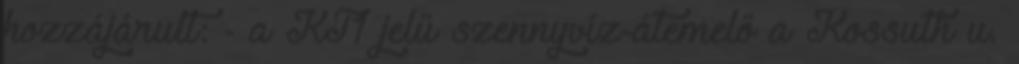
hozzájárult: - a KT1 jelű szennyvíz-átemelő a Kossuth u.